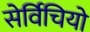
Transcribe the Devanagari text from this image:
सेर्विचियो